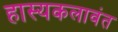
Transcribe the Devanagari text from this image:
हास्यकलावंत